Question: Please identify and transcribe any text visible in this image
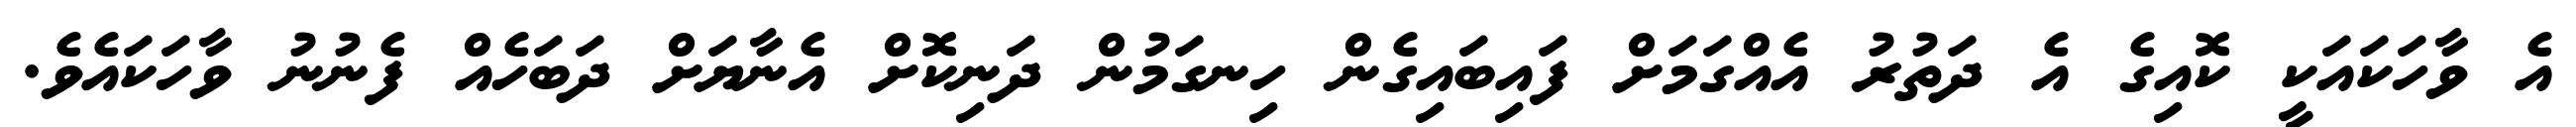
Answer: އެ ވާހަކައަކީ ކޮއިގެ އެ ދަތުރު އެއްގަމަށް ފައިބައިގެން ހިނގަމުން ދަނިކޮށް އެނާޔަށް ދަބަހެއް ފެނުނު ވާހަކައެވެ.